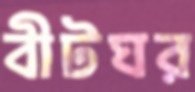
বীটঘর